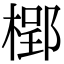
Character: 𣗐